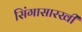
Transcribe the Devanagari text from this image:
सिंगासारखी